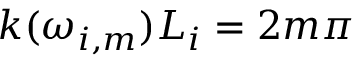
k ( \omega _ { i , m } ) L _ { i } = 2 m \pi